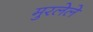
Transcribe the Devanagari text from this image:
मुरलेले